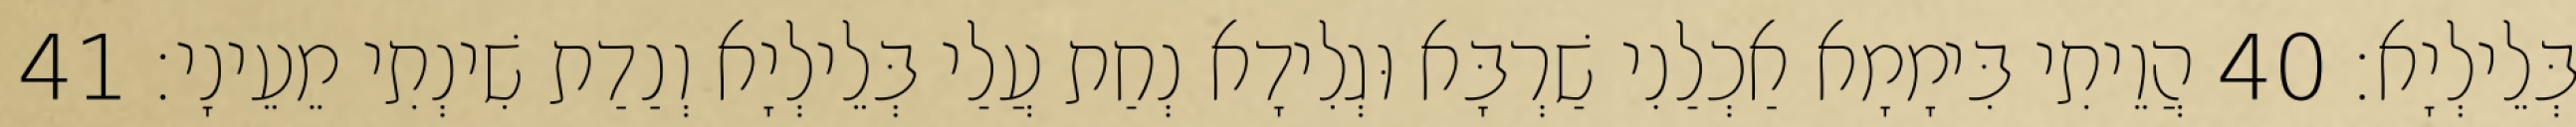
בְּלֵילְיָא׃ 40 הֲוֵיתִי בִּימָמָא אַכְלַנִי שַׁרְבָּא וּגְלִידָא נְחַת עֲלַי בְּלֵילְיָא וְנַדַת שִׁינְתִי מֵעֵינָי׃ 41